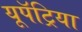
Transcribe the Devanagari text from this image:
यूपॅट्रिया